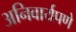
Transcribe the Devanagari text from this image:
अनिवार्यपणे